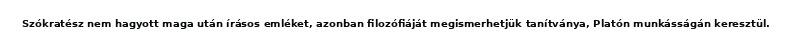
Szókratész nem hagyott maga után írásos emléket, azonban filozófiáját megismerhetjük tanítványa, Platón munkásságán keresztül.